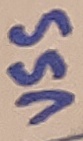
Text: VSS